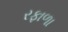
રફાળા